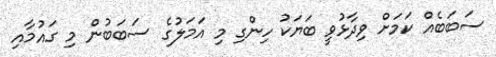
ސަބަބެއް ކަމަށް ވިދާޅުވީ ބަޔަކު ހިންގި މި އަމަލުގެ ސަބަބުން މި ގައުމާއި